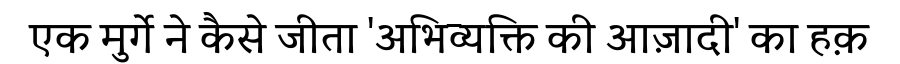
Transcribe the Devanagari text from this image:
एक मुर्गे ने कैसे जीता 'अभिव्यक्ति की आज़ादी' का हक़